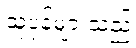
သူပုန်များသည်